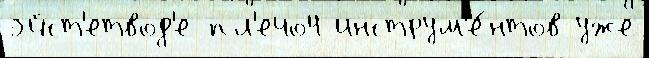
эйст'етвод'е пл'ечо4 инструм'е́нтов уже